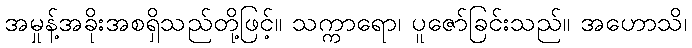
အမှုန့်အခိုးအစရှိသည်တို့ဖြင့်။ သက္ကာရော၊ ပူဇော်ခြင်းသည်။ အဟောသိ၊